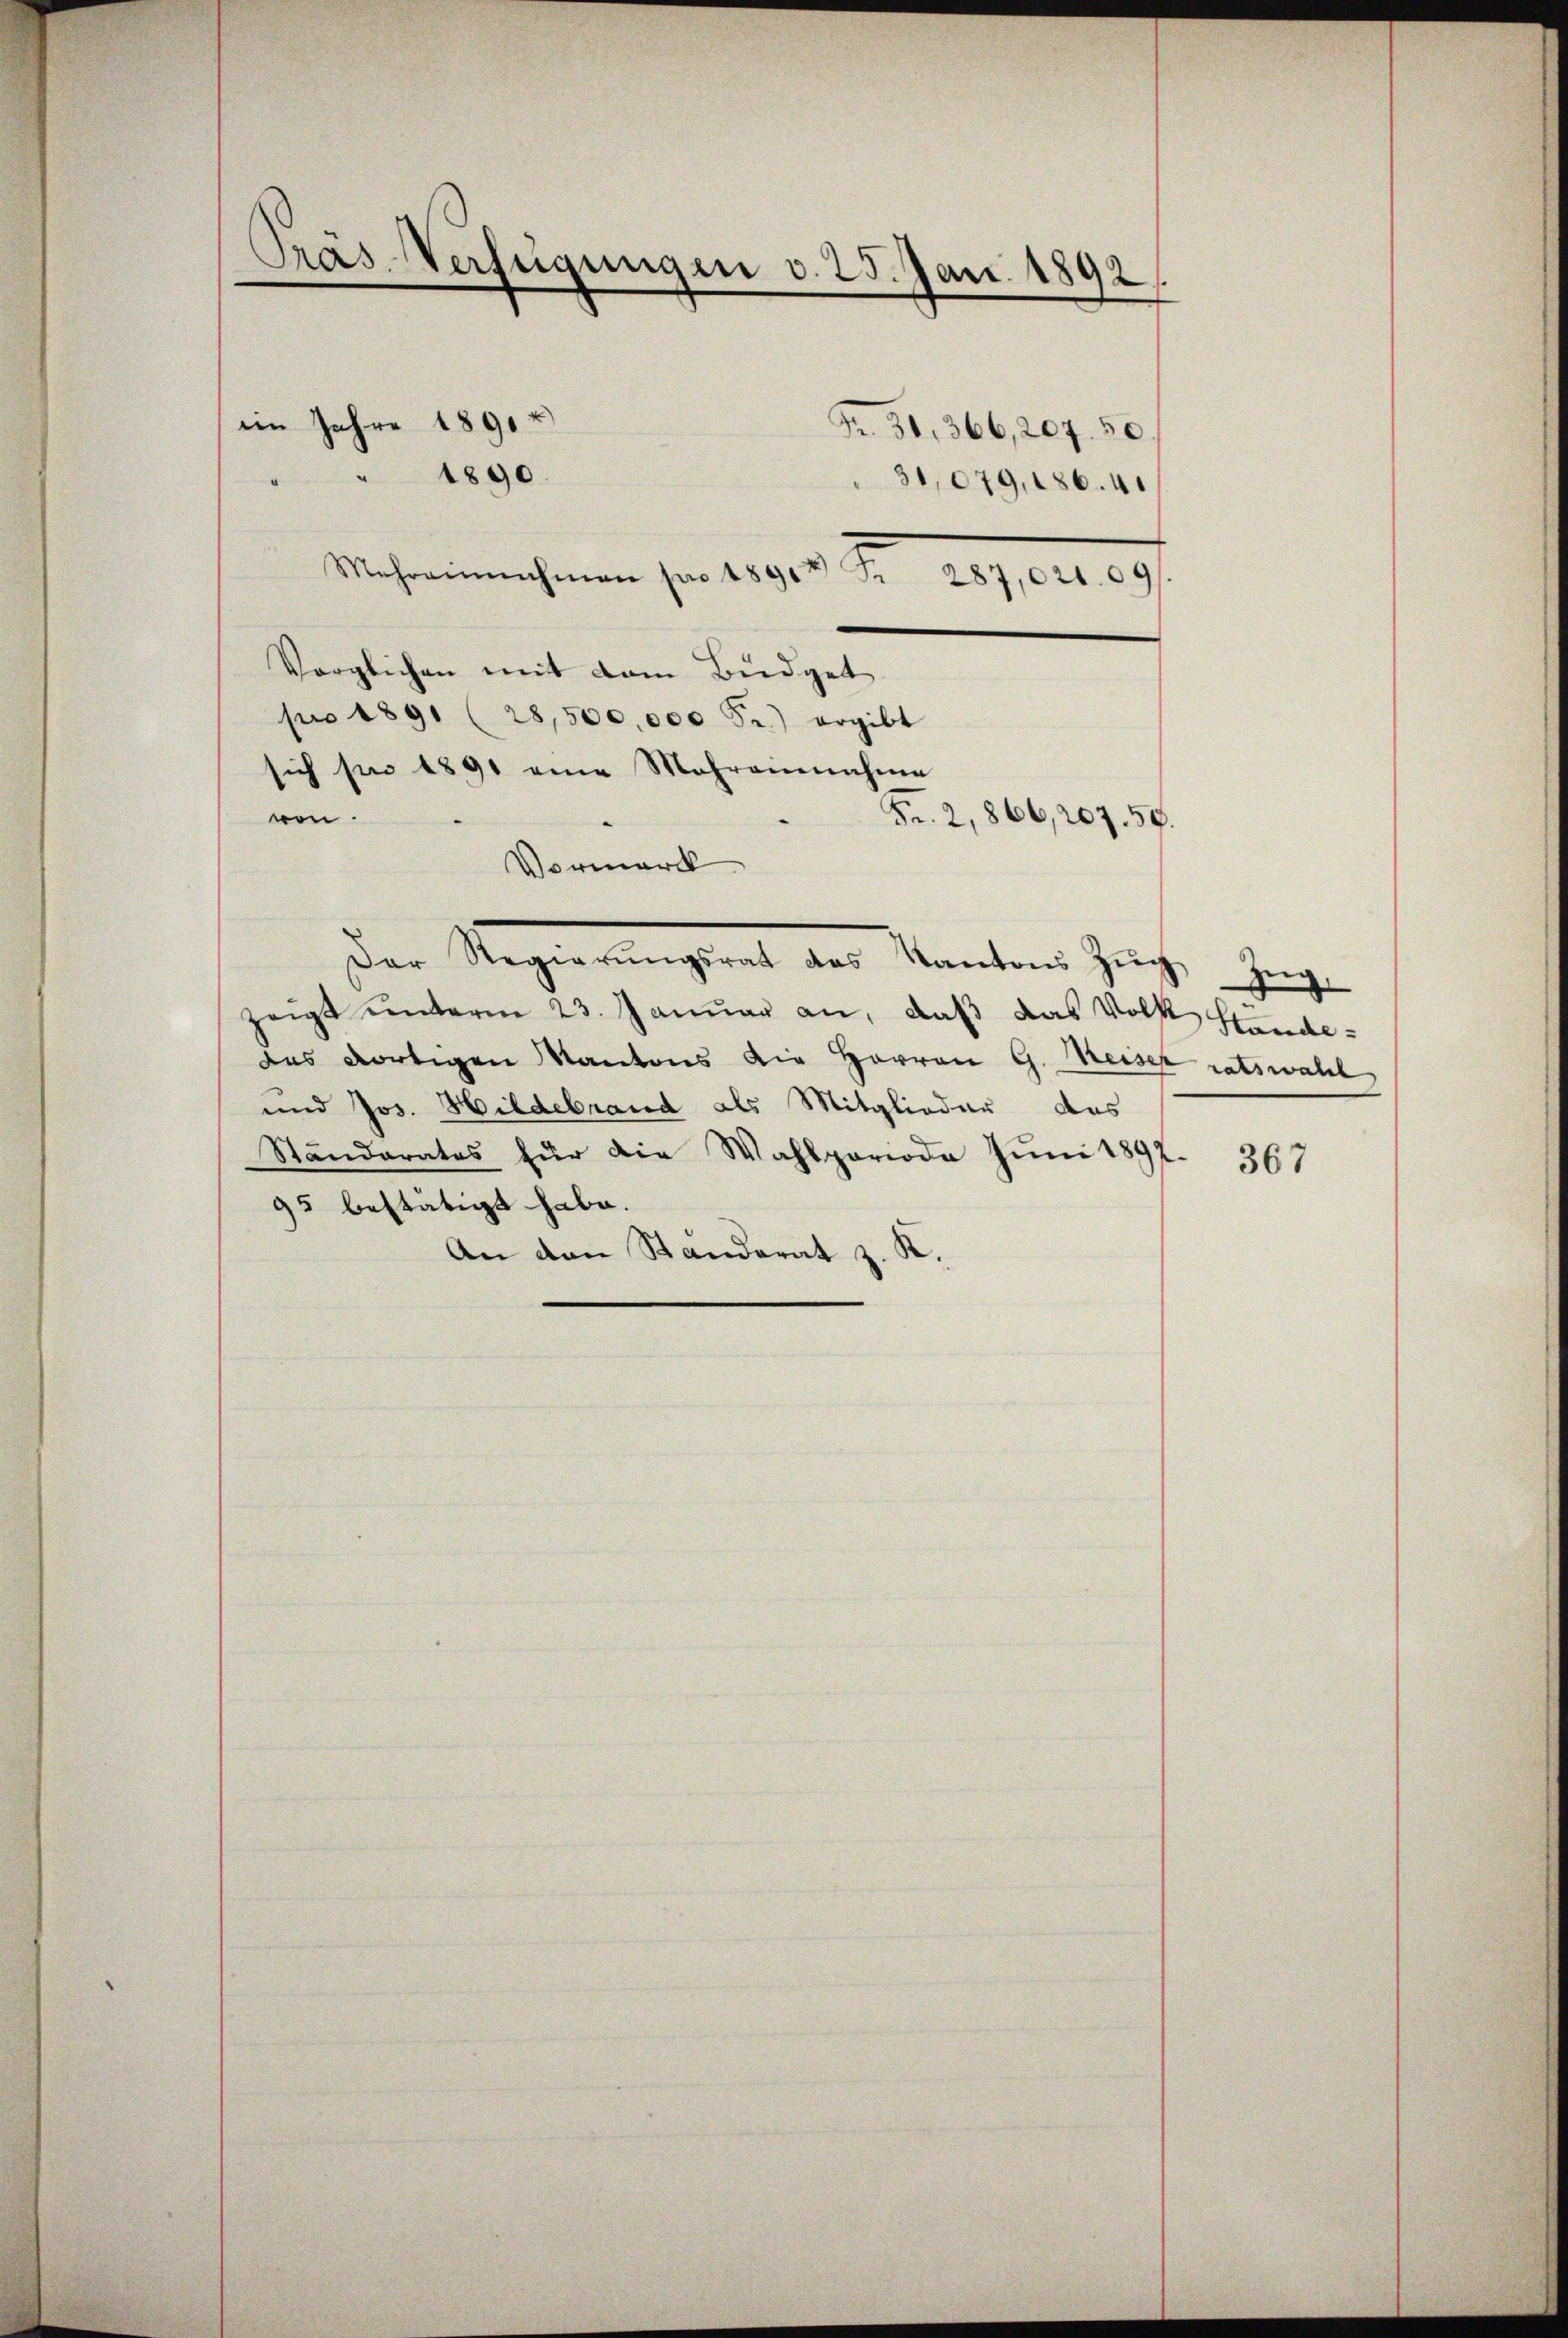
Präs.-Verfügungen v. 25. Jan. 1892

im Jahre 1891

" 1890.

Mahrinnehmen fr. 11900 Fr. 289, 2. 29.
Vorglichen mit dem Büdget
pro 1891 (28,500,000 Fr.) ergibt
sich sie 1891 eine Mehreinnahme
ven.
Vormerck
Der Regierungsrat der Kantons Zeigt hingen
zeigt ŭnterm 23. Janŭar an, daß das Volk Standedas dortigen Kantons die Herren G. Weiser ratswahl
und Jos. Hildebrand als Mitglieder das
Ständerates für die Wahlperiode Juni 1892.
95 bestätigt habe.
An den Ständerat z. K.

Fr. 31, 366, 207. 50.

31,079,186. 41

Fr. 2,866, 207. 59.

367